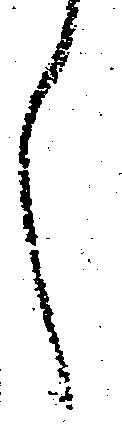
し